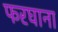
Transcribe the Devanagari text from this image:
फरघाना